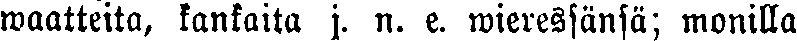
waatteita, kankaita j. n. e. wieressansä; monilla